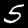
Digit: 5